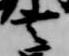
言